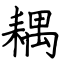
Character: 耦